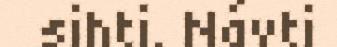
sihti. Návti